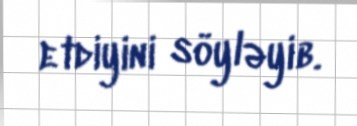
etdiyini söyləyib.